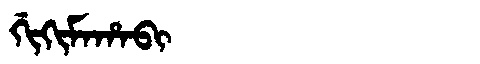
Manchu: ᡤᡳᡴᡳᠮᠠᡥᠠᠪᡳ
Romanization: GIKIMAHABI